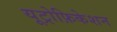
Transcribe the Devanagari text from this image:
यूट्रोफ़िकेशन